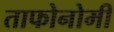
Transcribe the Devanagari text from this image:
ताफोनोमी